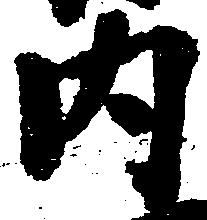
内